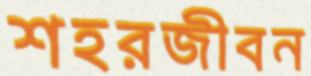
শহরজীবন